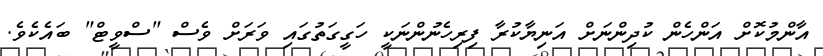
އާންމުކޮށް އަންހެން ކުދިންނަށް އަނިޔާކުރާ ފިރިހެނުންނަކީ ހަގީގަތުގައި ވަރަށް ވެސް "ސްވީޓް" ބައެކެވެ.